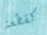
كقطعة